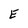
Character: E